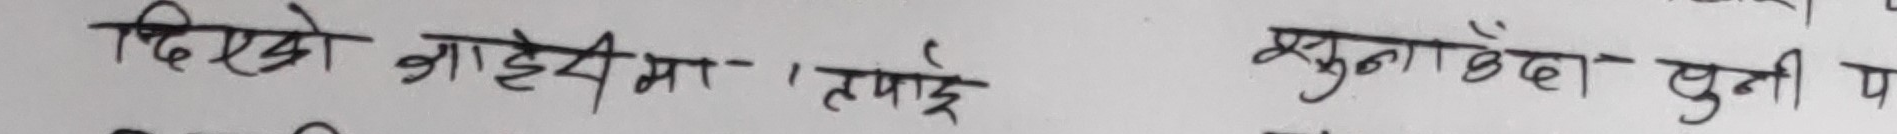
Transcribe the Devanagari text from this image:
दिइएको डायरीमा तपाईं प्रसुना छँदा पनि